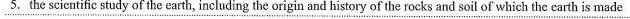
5.the scientific study of the earth, including the origin and history of the rocks and soil of which the carth is made